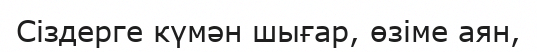
Сіздерге күмән шығар, өзіме аян,